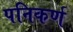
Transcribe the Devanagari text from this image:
पनिकर्ण